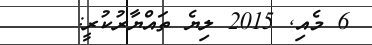
6 މެއި